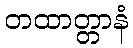
တထာတ္တာနံ